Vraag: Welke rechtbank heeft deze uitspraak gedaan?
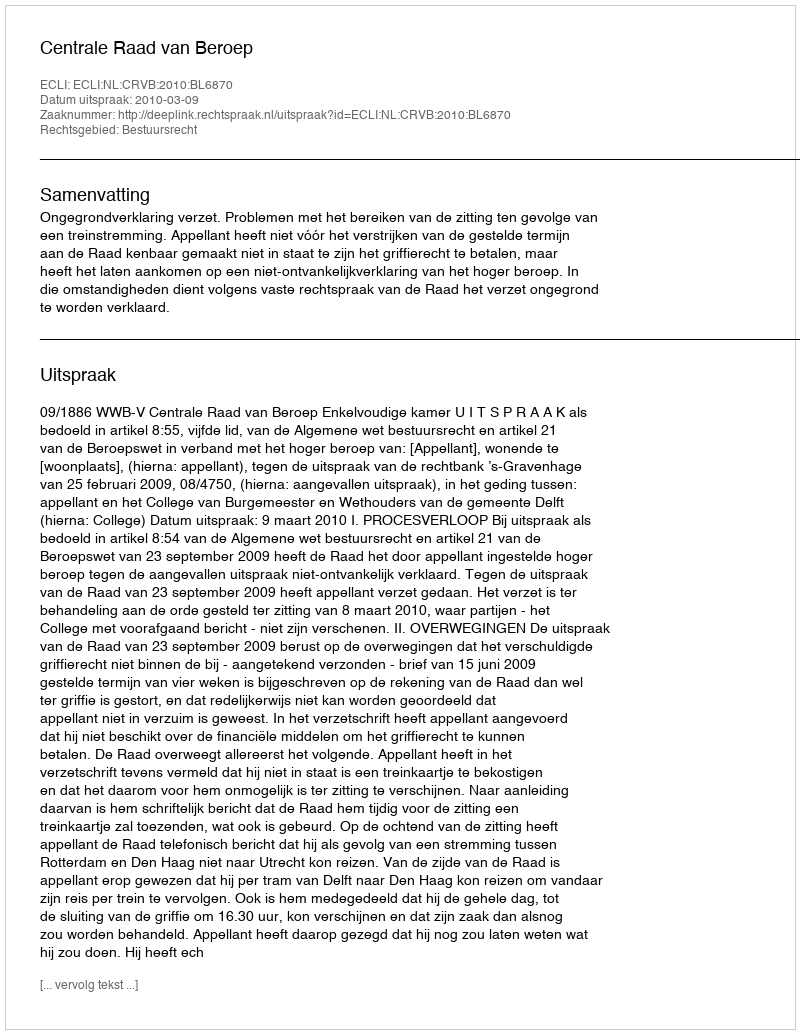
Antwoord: Centrale Raad van Beroep